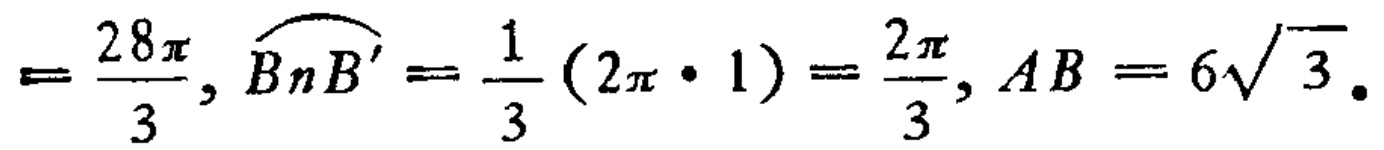
$=\frac{28\pi}{3},\overset{\frown}{BnB'}=\frac{1}{3}(2\pi\cdot 1)=\frac{2\pi}{3},AB = 6\sqrt{3}.$